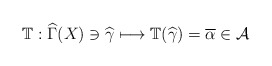
\begin{align*}\mathbb{T}:\widehat{\Gamma }(X)\ni \widehat{\gamma }\longmapsto \mathbb{T}(\widehat{\gamma })=\overline{\alpha }\in \mathcal{A} \end{align*}